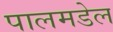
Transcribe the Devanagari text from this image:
पालमडेल